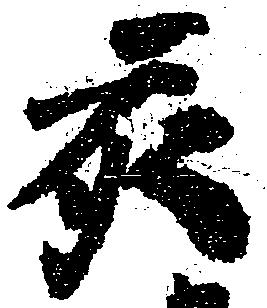
亥